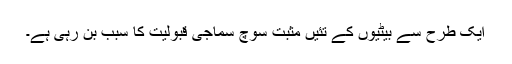
ایک طرح سے بیٹیوں کے تئیں مثبت سوچ سماجی قبولیت کا سبب بن رہی ہے۔